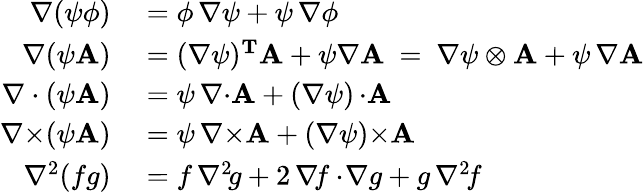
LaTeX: \begin{array}{rl}{\nabla(\psi\phi)}&{{}=\phi\, \nabla\psi+\psi\, \nabla\phi}\\ {\nabla(\psi\mathbf{A})}&{{}=(\nabla\psi)^{\mathbf{T}}\mathbf{A}+\psi\nabla\mathbf{A}\ =\ \nabla\psi\otimes\mathbf{A}+\psi\, \nabla\mathbf{A}}\\ {\nabla\cdot(\psi\mathbf{A})}&{{}=\psi\, \nabla{\cdot}\mathbf{A}+(\nabla\psi)\, {\cdot}\mathbf{A}}\\ {\nabla{\times}(\psi\mathbf{A})}&{{}=\psi\, \nabla{\times}\mathbf{A}+(\nabla\psi){\times}\mathbf{A}}\\ {\nabla^{2}(fg)}&{{}=f\, \nabla^{2\! }g+2\, \nabla\! f\cdot\! \nabla g+g\, \nabla^{2\! }f}\end{array}